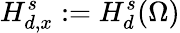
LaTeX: H_{d,x}^{s}:=H_{d}^{s}(\Omega)